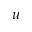
u